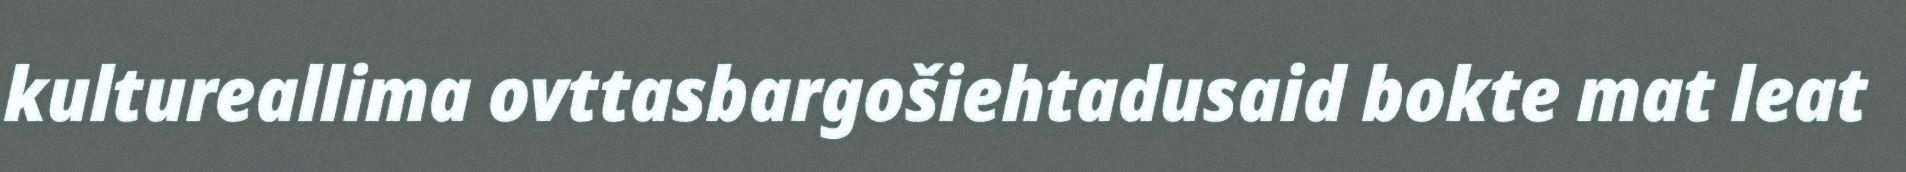
kultureallima ovttasbargošiehtadusaid bokte mat leat